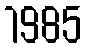
1985